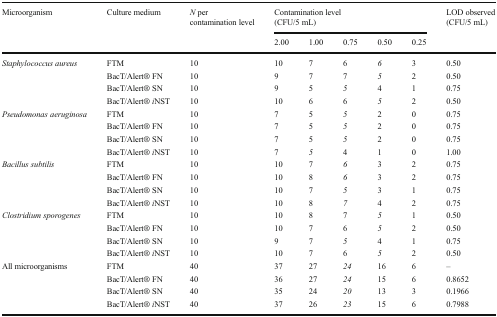
<table><thead><tr><td rowspan="2"><b>Microorganism</b></td><td rowspan="2"><b>Culture medium</b></td><td rowspan="2"><b><i>N</i> per contamination level</b></td><td colspan="5"><b>Contamination level(CFU/5 mL)</b></td><td rowspan="2"><b>LOD observed (CFU/5 mL)</b></td></tr><tr><td><b>2.00</b></td><td><b>1.00</b></td><td><b>0.75</b></td><td><b>0.50</b></td><td><b>0.25</b></td></tr></thead><tbody><tr><td rowspan="4"><i>Staphylococcus aureus</i></td><td>FTM</td><td>10</td><td>10</td><td>7</td><td>6</td><td><i>6</i></td><td>3</td><td>0.50</td></tr><tr><td>BacT/Alert® FN</td><td>10</td><td>9</td><td>7</td><td>7</td><td><i>5</i></td><td>2</td><td>0.50</td></tr><tr><td>BacT/Alert® SN</td><td>10</td><td>9</td><td>5</td><td><i>5</i></td><td>4</td><td>1</td><td>0.75</td></tr><tr><td>BacT/Alert® <i>i</i>NST</td><td>10</td><td>10</td><td>6</td><td>6</td><td><i>5</i></td><td>2</td><td>0.50</td></tr><tr><td rowspan="4"><i>Pseudomonas aeruginosa</i></td><td>FTM</td><td>10</td><td>7</td><td>5</td><td><i>5</i></td><td>2</td><td>0</td><td>0.75</td></tr><tr><td>BacT/Alert® FN</td><td>10</td><td>7</td><td>5</td><td><i>5</i></td><td>2</td><td>0</td><td>0.75</td></tr><tr><td>BacT/Alert® SN</td><td>10</td><td>7</td><td>5</td><td><i>5</i></td><td>2</td><td>0</td><td>0.75</td></tr><tr><td>BacT/Alert® <i>i</i>NST</td><td>10</td><td>7</td><td><i>5</i></td><td>4</td><td>1</td><td>0</td><td>1.00</td></tr><tr><td rowspan="4"><i>Bacillus subtilis</i></td><td>FTM</td><td>10</td><td>10</td><td>7</td><td><i>6</i></td><td>3</td><td>2</td><td>0.75</td></tr><tr><td>BacT/Alert® FN</td><td>10</td><td>10</td><td>8</td><td><i>6</i></td><td>3</td><td>2</td><td>0.75</td></tr><tr><td>BacT/Alert® SN</td><td>10</td><td>10</td><td>7</td><td><i>5</i></td><td>3</td><td>1</td><td>0.75</td></tr><tr><td>BacT/Alert® <i>i</i>NST</td><td>10</td><td>10</td><td>8</td><td><i>7</i></td><td>4</td><td>2</td><td>0.75</td></tr><tr><td rowspan="4"><i>Clostridium sporogenes</i></td><td>FTM</td><td>10</td><td>10</td><td>8</td><td>7</td><td><i>5</i></td><td>1</td><td>0.50</td></tr><tr><td>BacT/Alert® FN</td><td>10</td><td>10</td><td>7</td><td>6</td><td><i>5</i></td><td>2</td><td>0.50</td></tr><tr><td>BacT/Alert® SN</td><td>10</td><td>9</td><td>7</td><td><i>5</i></td><td>4</td><td>1</td><td>0.75</td></tr><tr><td>BacT/Alert® <i>i</i>NST</td><td>10</td><td>10</td><td>7</td><td>6</td><td><i>5</i></td><td>2</td><td>0.50</td></tr><tr><td rowspan="4">All microorganisms</td><td>FTM</td><td>40</td><td>37</td><td>27</td><td><i>24</i></td><td>16</td><td>6</td><td>–</td></tr><tr><td>BacT/Alert® FN</td><td>40</td><td>36</td><td>27</td><td><i>24</i></td><td>15</td><td>6</td><td>0.8652</td></tr><tr><td>BacT/Alert® SN</td><td>40</td><td>35</td><td>24</td><td><i>20</i></td><td>13</td><td>3</td><td>0.1966</td></tr><tr><td>BacT/Alert® <i>i</i>NST</td><td>40</td><td>37</td><td>26</td><td><i>23</i></td><td>15</td><td>6</td><td>0.7988</td></tr></tbody></table>